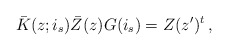
\begin{align*}\bar{K}(z;i_{s})\bar{Z}(z)G(i_{s})=Z(z^{\prime})^{t}\,,\end{align*}